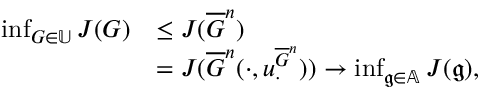
\begin{array} { r l } { \operatorname* { i n f } _ { G \in \mathbb { U } } J ( G ) } & { \leq J ( \overline { { G } } ^ { n } ) } \\ & { = J ( \overline { { G } } ^ { n } ( \cdot , u _ { \cdot } ^ { \overline { { G } } ^ { n } } ) ) \rightarrow \operatorname* { i n f } _ { \mathfrak { g } \in \mathbb { A } } J ( \mathfrak { g } ) , } \end{array}